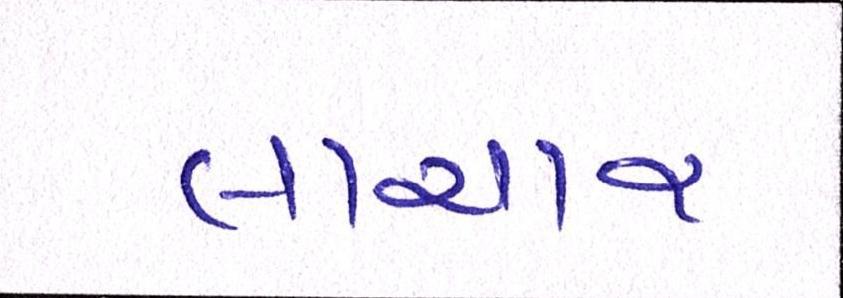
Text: લાચાર